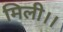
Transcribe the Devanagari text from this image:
मिली।।